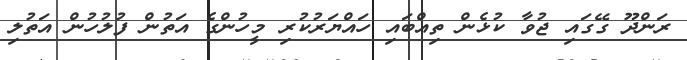
ރަންދޫ ގޭގައި ޖުވާ ކުޅެން ތިއްބައި ހައްޔަރުކުރި މީހުންގެ އަތުން ފުލުހުން އަތުލި